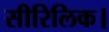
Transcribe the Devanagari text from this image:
सीरिलिक।